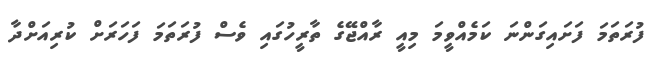
ފުރަތަމަ ފަށައިގަންނަ ކަމެއްވީމަ މިއީ ރާއްޖޭގެ ތާރީހުގައި ވެސް ފުރަތަމަ ފަހަރަށް ކުރިއަށްދާ